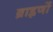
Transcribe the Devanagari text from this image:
ब्राह्नणों